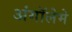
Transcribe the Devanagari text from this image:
अंगॉलेमे